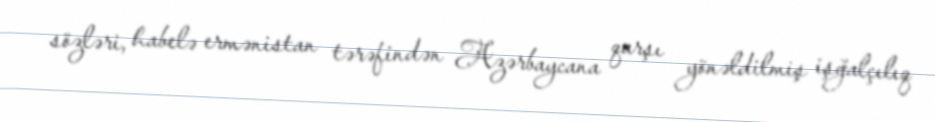
sözləri, habelə ermənistan tərəfindən Azərbaycana qarşı yönəldilmiş işğalçılıq